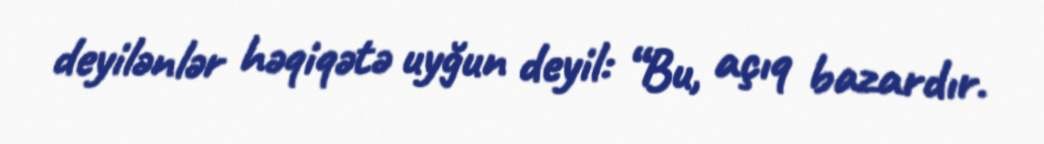
deyilənlər həqiqətə uyğun deyil: “Bu, açıq bazardır.